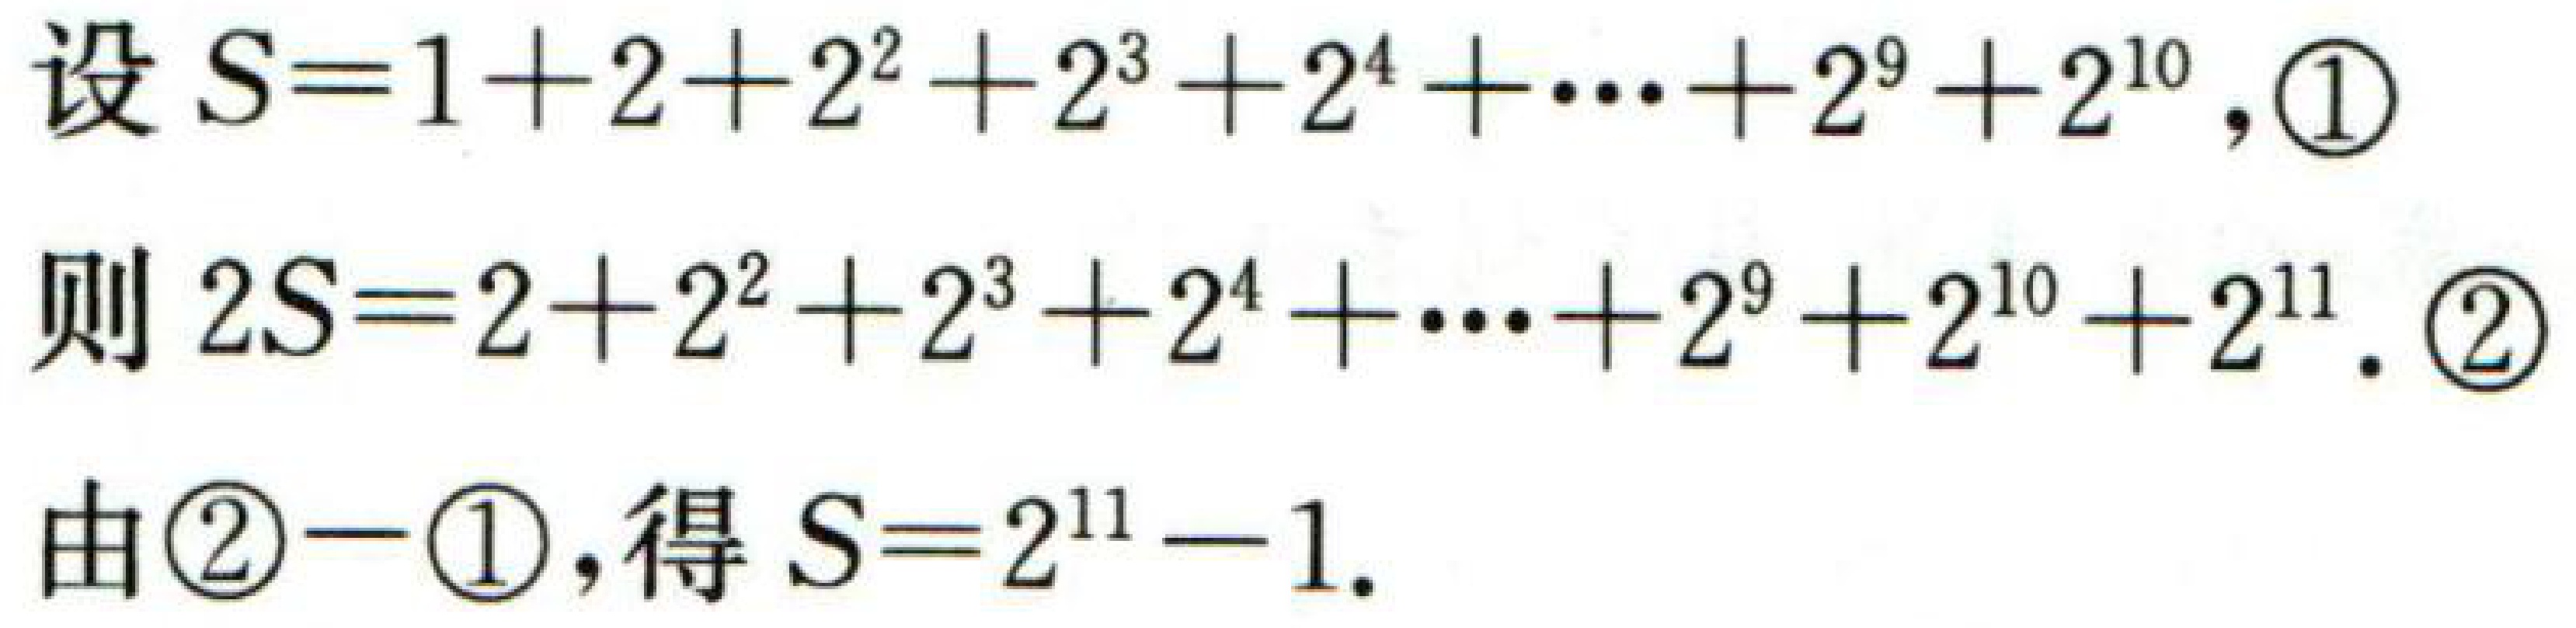
设$S = 1 + 2+2^{2}+2^{3}+2^{4}+\cdots+2^{9}+2^{10}$,\textcircled{1}
则$2S=2 + 2^{2}+2^{3}+2^{4}+\cdots+2^{9}+2^{10}+2^{11}$.\textcircled{2}
由\textcircled{2}$-$\textcircled{1},得$S = 2^{11}-1$.